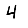
Digit: 4